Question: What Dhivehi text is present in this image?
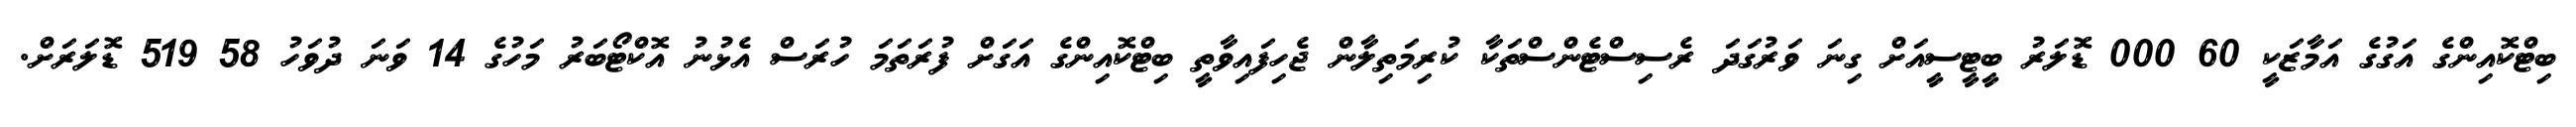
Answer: ބިޓްކޮއިންގެ އަގުގެ އަމާޒަކީ 60 000 ޑޮލަރު ބީޓީސީއަށް ގިނަ ވަރުގަދަ ރެސިސްޓެންސްތަކާ ކުރިމަތިލާން ޖެހިފައިވާތީ ބިޓްކޮއިންގެ އަގަށް ފުރަތަމަ ހުރަސް އެޅުނު އޮކްޓޯބަރު މަހުގެ 14 ވަނަ ދުވަހު 58 519 ޑޮލަރަށް.